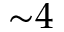
{ \sim } 4